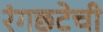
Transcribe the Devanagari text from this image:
रंगछटेची